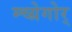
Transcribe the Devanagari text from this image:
म्च्ग्रेगोर्